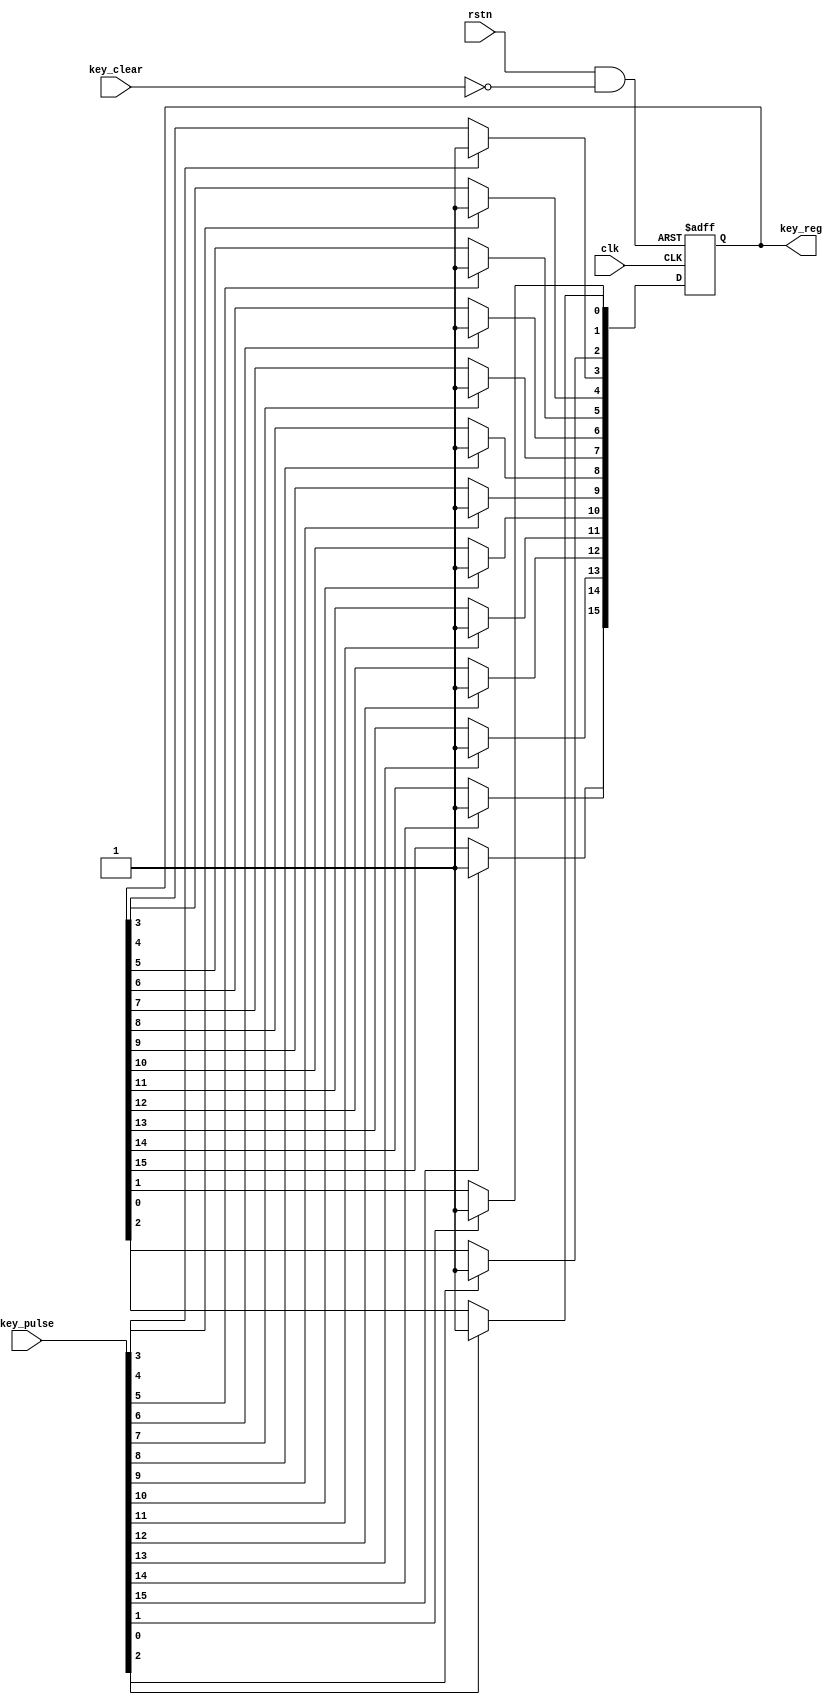
// This program was cloned from: https://github.com/flyjancy/CortexM0_SoC_Task
// License: MIT License

module keyboard_reg (
    input                clk,
    input                rstn,
    input                key_clear,//
    input        [15:0]  key_pulse,
    output  reg  [15:0]  key_reg
);

wire clear;
assign clear = rstn && (!key_clear) ;


always @(posedge clk or negedge clear) begin
    if (!clear) begin
        key_reg <= 1'b0;
    end else begin
        if(key_pulse[15]) key_reg[15] <= 1'b1;
        if(key_pulse[14]) key_reg[14] <= 1'b1;
        if(key_pulse[13]) key_reg[13] <= 1'b1;
        if(key_pulse[12]) key_reg[12] <= 1'b1;
        if(key_pulse[11]) key_reg[11] <= 1'b1;
        if(key_pulse[10]) key_reg[10] <= 1'b1;
        if(key_pulse[9])  key_reg[9]  <= 1'b1;
        if(key_pulse[8])  key_reg[8]  <= 1'b1;
        if(key_pulse[7])  key_reg[7]  <= 1'b1;
        if(key_pulse[6])  key_reg[6]  <= 1'b1;
        if(key_pulse[5])  key_reg[5]  <= 1'b1;
        if(key_pulse[4])  key_reg[4]  <= 1'b1;
        if(key_pulse[3])  key_reg[3]  <= 1'b1;
        if(key_pulse[2])  key_reg[2]  <= 1'b1;
        if(key_pulse[1])  key_reg[1]  <= 1'b1;
        if(key_pulse[0])  key_reg[0]  <= 1'b1;       
    end
end

endmodule